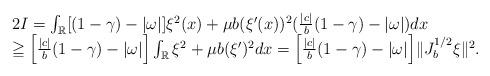
LaTeX: \begin{align*}\begin{array}{ll}2I=\int_{\mathbb R} [(1-\gamma)-|\omega|]\xi^2(x)+\mu b(\xi'(x)) ^2 (\frac{|c|}{b}(1-\gamma)-|\omega|)dx\\\geqq \Big[\frac{|c|}{b}(1-\gamma)-|\omega| \Big]\int_{\mathbb R} \xi^2+\mu b(\xi') ^2dx=\Big[\frac{|c|}{b}(1-\gamma)-|\omega|\Big]\|J_b^{1/2}\xi\|^2.\end{array}\end{align*}